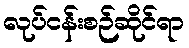
လုပ်ငန်းစဉ်ဆိုင်ရာ